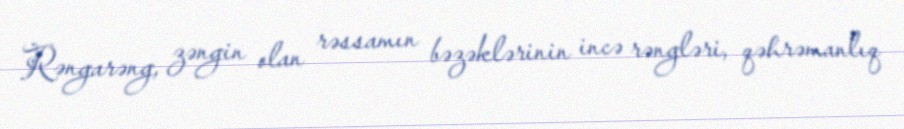
Rəngarəng, zəngin olan rəssamın bəzəklərinin incə rəngləri, qəhrəmanlıq